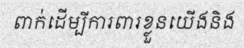
ពាក់ដើម្បីការពារខ្លួនយើងនិង